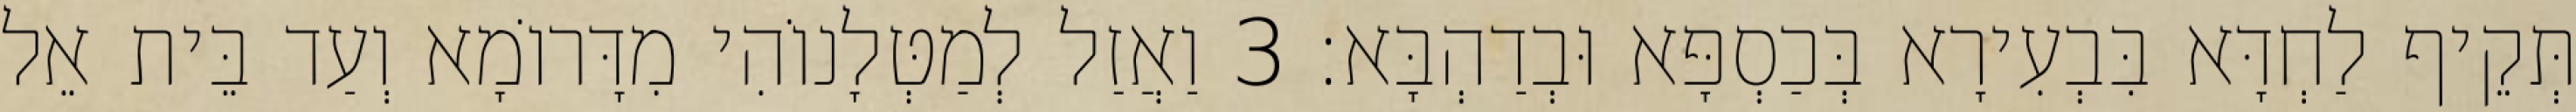
תְּקֵיף לַחְדָּא בִּבְעִירָא בְּכַסְפָּא וּבְדַהְבָּא׃ 3 וַאֲזַל לְמַטְּלָנוֹהִי מִדָּרוֹמָא וְעַד בֵּית אֵל